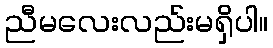
ညီမလေးလည်းမရှိပါ။